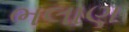
ભલાણ